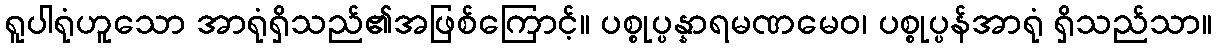
ရူပါရုံဟူသော အာရုံရှိသည်၏အဖြစ်ကြောင့်။ ပစ္စုပ္ပန္နာရမဏမေဝ၊ ပစ္စုပ္ပန်အာရုံ ရှိသည်သာ။